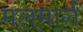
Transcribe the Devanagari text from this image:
मलमार्ग